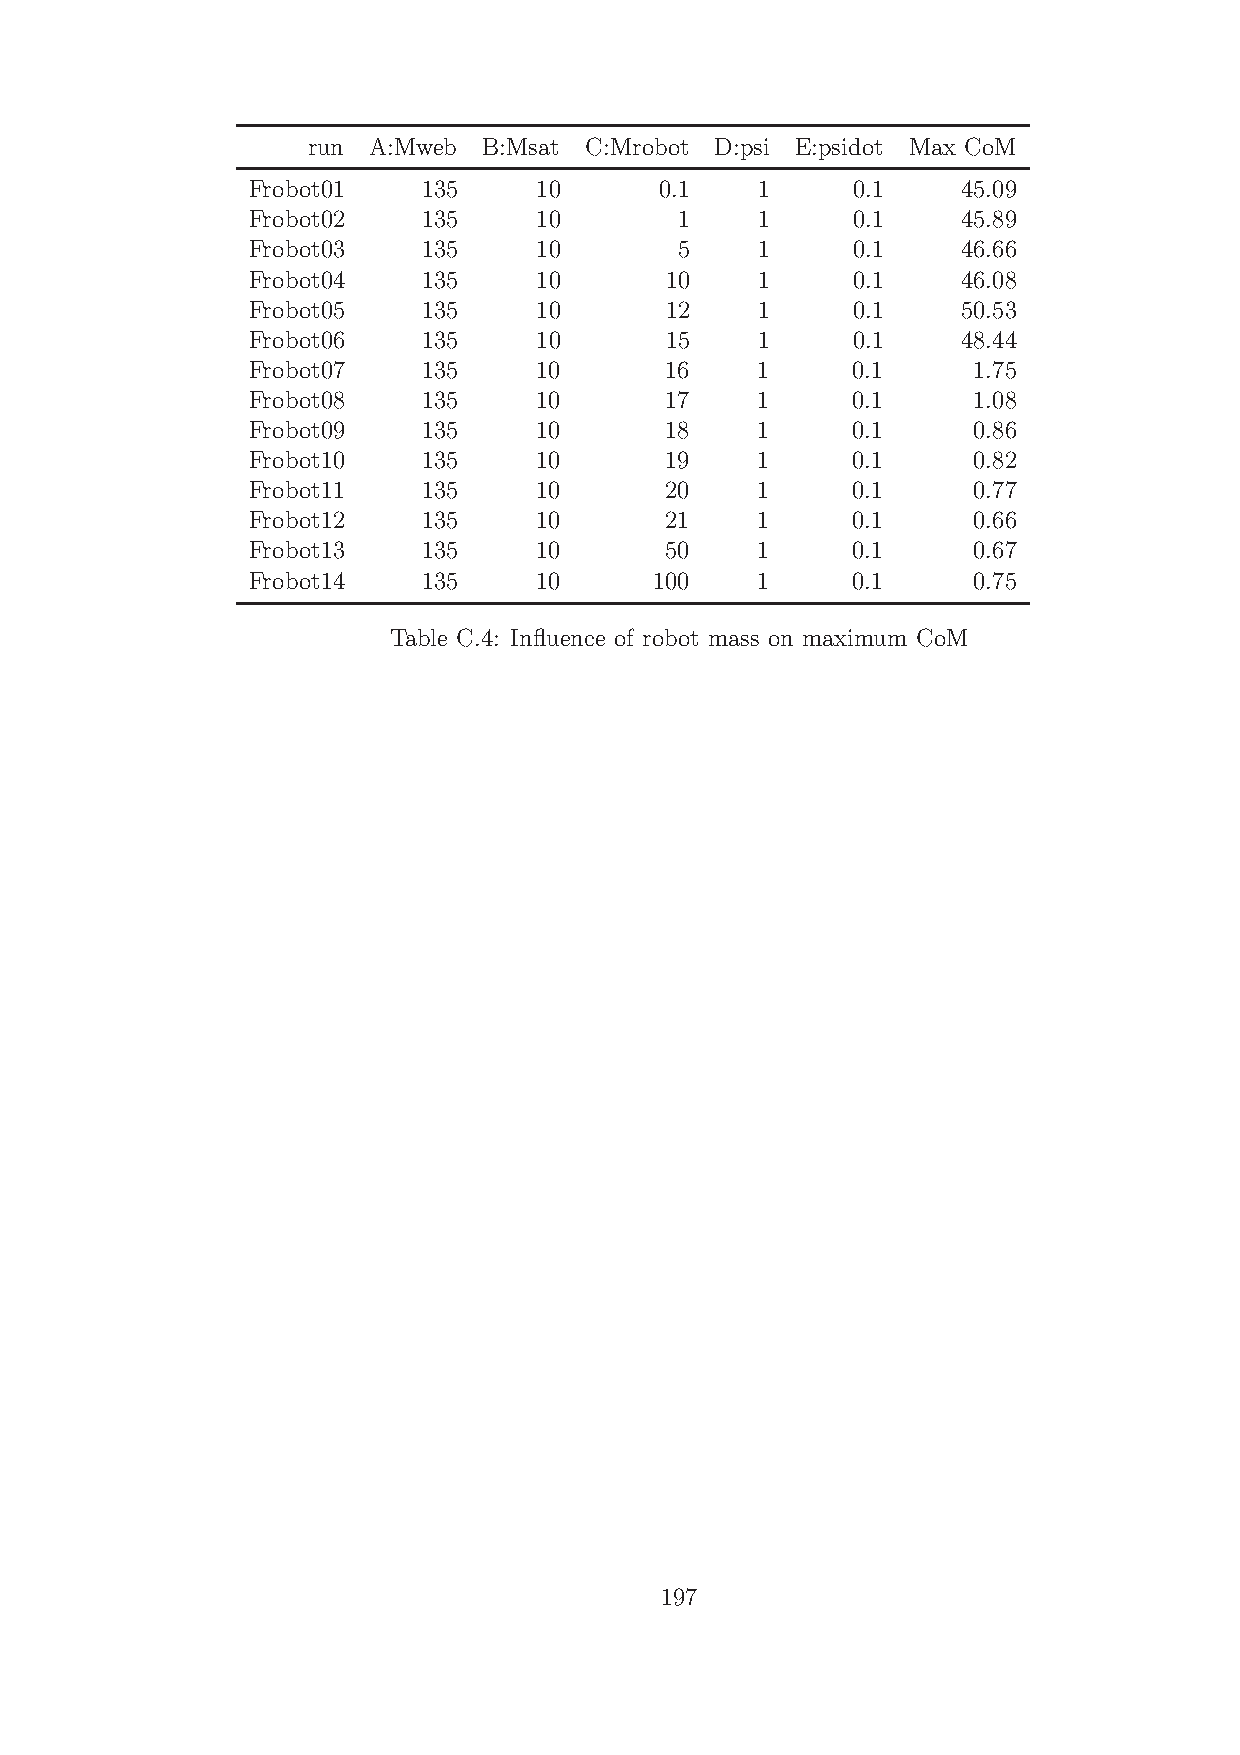
run A:Mweb  B:Msat C:Mrobot D:psi E:psidot Max CoM
 Frobot01    135     10      0.1   1     0.1     45.09
 Frobot02    135     10       1    1     0.1     45.89
 Frobot03    135     10       5    1     0.1     46.66
 Frobot04    135     10      10    1     0.1     46.08
 Frobot05    135     10      12    1     0.1     50.53
 Frobot06    135     10      15    1     0.1     48.44
 Frobot07    135     10      16    1     0.1     1.75
 Frobot08    135     10      17    1     0.1     1.08
 Frobot09    135     10      18    1     0.1     0.86
 Frobot10    135     10      19    1     0.1     0.82
 Frobot11    135     10      20    1     0.1     0.77
 Frobot12    135     10      21    1     0.1     0.66
 Frobot13    135     10      50    1     0.1     0.67
 Frobot14    135     10     100    1     0.1     0.75
 Table C.4: Influence of robot mass on maximum CoM
 197